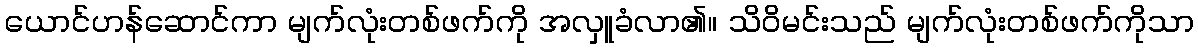
ယောင်ဟန်ဆောင်ကာ မျက်လုံးတစ်ဖက်ကို အလှူခံလာ၏။ သိဝိမင်းသည် မျက်လုံးတစ်ဖက်ကိုသာ